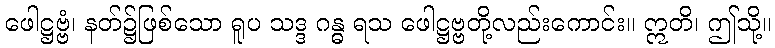
ဖေါဋ္ဌဗ္ဗံ၊ နတ်၌ဖြစ်သော ရူပ သဒ္ဒ ဂန္ဓ ရသ ဖေါဋ္ဌဗ္ဗတို့လည်းကောင်း။ ဣတိ၊ ဤသို့။